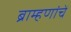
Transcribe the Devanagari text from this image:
ब्राम्हणांचें